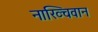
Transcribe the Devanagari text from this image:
नाख्चिवान